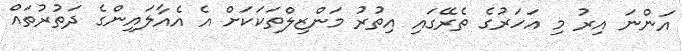
އަންނަ އިރު މި އަހަރުގެ ތެރޭގައި އިތުރު މަންޒިލްތަކަކަށް އެ އެއާލައިންގެ ދަތުރުތައް